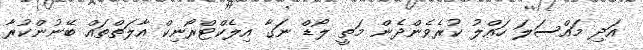
އަދި މައްސަލަ ހައްލު ކުރެވެންދެން މަތީ ލޯޑް ނަގާ އިލެކްޓްރޯނިކް އާލަތްތައް ބޭނުންކުރާ